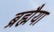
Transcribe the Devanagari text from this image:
ब्रह्मैया